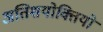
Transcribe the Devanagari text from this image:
अतिशयोक्तियों